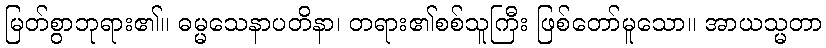
မြတ်စွာဘုရား၏။ ဓမ္မသေနာပတိနာ၊ တရား၏စစ်သူကြီး ဖြစ်တော်မူသော။ အာယသ္မတာ